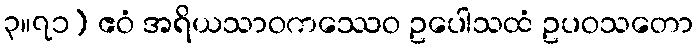
၃။၇၁) ဧဝံ အရိယသာဝကဿေဝ ဥပေါသထံ ဥပဝသတော